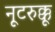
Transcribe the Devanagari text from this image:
नूटरुक्कू